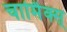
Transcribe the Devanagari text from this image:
चार्मिक्स्